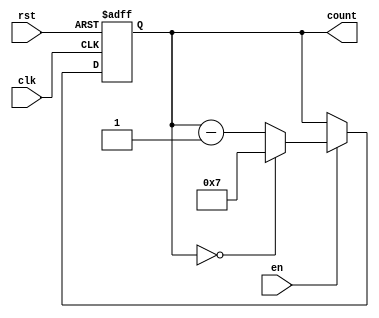
module ModuloNDownCounter (
    input wire clk,
    input wire rst,
    input wire en,
    output reg [N-1:0] count
);

parameter N = 8; // Specify the modulo-N value

always @(posedge clk or posedge rst) begin
    if (rst) begin
        count <= N-1; // Reset the counter to the modulo-N value
    end else if (en) begin
        if (count == 0) begin
            count <= N-1; // Reload the counter with the modulo-N value
        end else begin
            count <= count - 1; // Count down from the modulo-N value
        end
    end
end

endmodule